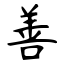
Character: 善